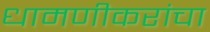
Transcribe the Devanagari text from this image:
धामणीकरांचा